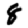
Digit: 8